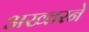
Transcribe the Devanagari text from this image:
अख्तरने